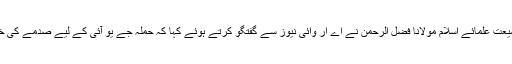
امیر جمیعت علمائے اسلام مولانا فضل الرحمٰن نے اے آر وائی نیوز سے گفتگو کرتے ہوئے کہا کہ حملہ جے یو آئی کے لیے صدمے کی خبر ہے۔